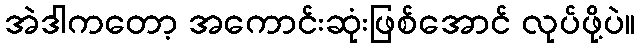
အဲဒါကတော့ အကောင်းဆုံးဖြစ်အောင် လုပ်ဖို့ပဲ။